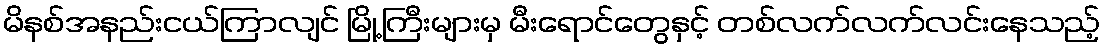
မိနစ်အနည်းငယ်ကြာလျင် မြို့ကြီးများမှ မီးရောင်တွေနှင့် တစ်လက်လက်လင်းနေသည့်